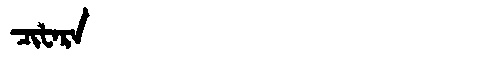
Manchu: ᠴᡳᡶᠠᡵᠠ
Romanization: CIFARA